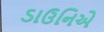
ડાઉનિએ